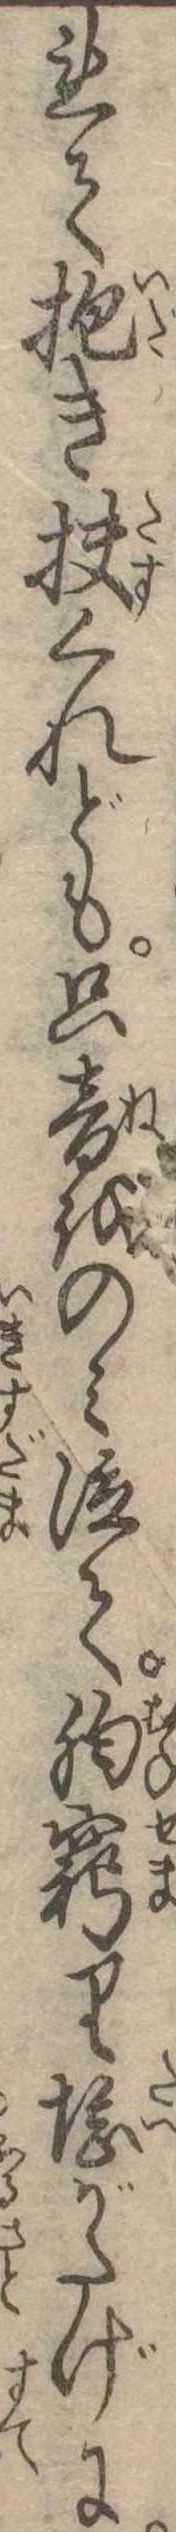
れて抱き扶くれども只音をのみ泣て胸窮り堪がたげに